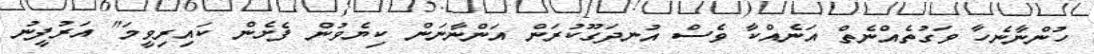
ހުންނާނެހާ ވަގުތެއްނެތް އަނެއްކާ ވެސް އުނދަގޫކުރަން އަންނާނަން ކިޔެވުން ފެށެން ކައިރިވީމަ" އަރުފީނު